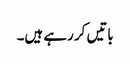
باتیں کر رہے ہیں۔